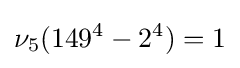
\nu _{5}(149^{4}-2^{4})=1